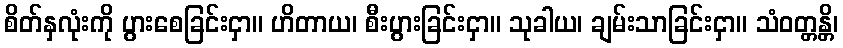
စိတ်နှလုံးကို ပွားစေခြင်းငှာ။ ဟိတာယ၊ စီးပွားခြင်းငှာ။ သုခါယ၊ ချမ်းသာခြင်းငှာ။ သံဝတ္တန္တိ၊